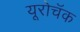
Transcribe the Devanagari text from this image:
यूरोचॅक